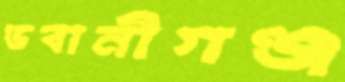
ভবানীগঞ্জ